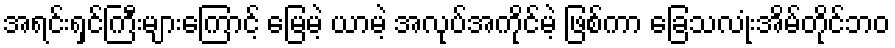
အရင်းရှင်ကြီးများကြောင့် မြေမဲ့ ယာမဲ့ အလုပ်အကိုင်မဲ့ ဖြစ်ကာ ခြေသလုံးအိမ်တိုင်ဘဝ